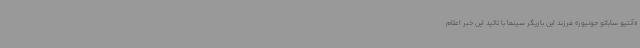
«آنتیو ساباتو جونیور» فرزند این بازیگر سینما با تائید این خبر اعلام